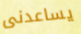
يساعدنى